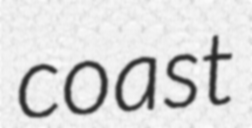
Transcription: coast